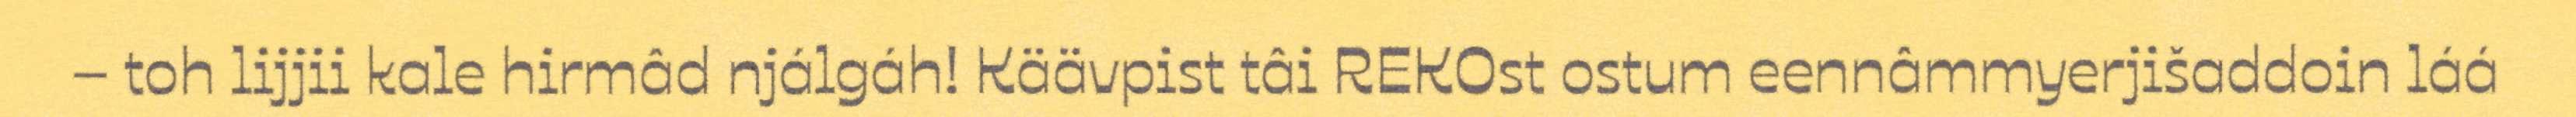
– toh lijjii kale hirmâd njálgáh! Käävpist tâi REKOst ostum eennâmmyerjišaddoin láá